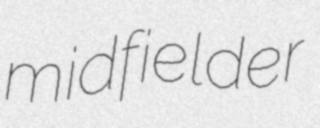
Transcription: midfielder